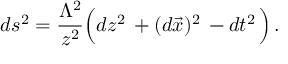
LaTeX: d s ^ { 2 } = \frac { \Lambda ^ { 2 } } { z ^ { 2 } } \Big ( d z ^ { 2 } \, + ( d \vec { x } ) ^ { 2 } \, - d t ^ { 2 } \, \Big ) \, .